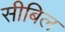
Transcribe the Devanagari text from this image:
सीबिल